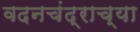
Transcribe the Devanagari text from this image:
वदनचंद्राच्या